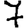
Digit: 7